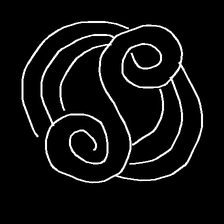
Glyph: wind-underfoot